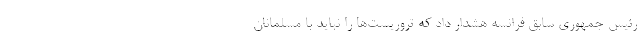
رئیس جمهوری سابق فرانسه هشدار داد که تروریست‌ها را نباید با مسلمانان